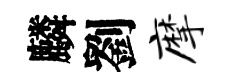
麟劉摩